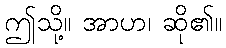
ဤသို့။ အာဟ၊ ဆို၏။